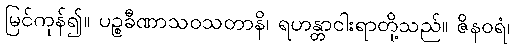
မြင်ကုန်၍။ ပဉ္စခီဏာသဝသတာနိ၊ ရဟန္တာငါးရာတို့သည်။ ဇိနဝရံ၊